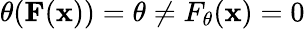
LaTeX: \theta(\mathbf{F}(\mathbf{x}))=\theta\neq F_{\theta}(\mathbf{x})=0